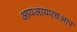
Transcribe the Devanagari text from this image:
आयआयएचआर